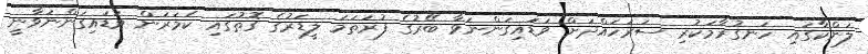
ލަންކާގައި ހަނގުރާމަކުރި ސަރަހައްދަށް ވަޑައިގަންނަވާ ބޭރުގެ ފުރަތަމަ ލީޑަރުގެ ގޮތުގައި ކެމަރަން ވަޑައިގަންނަވާނީ